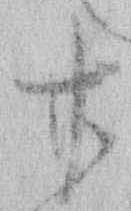
廿